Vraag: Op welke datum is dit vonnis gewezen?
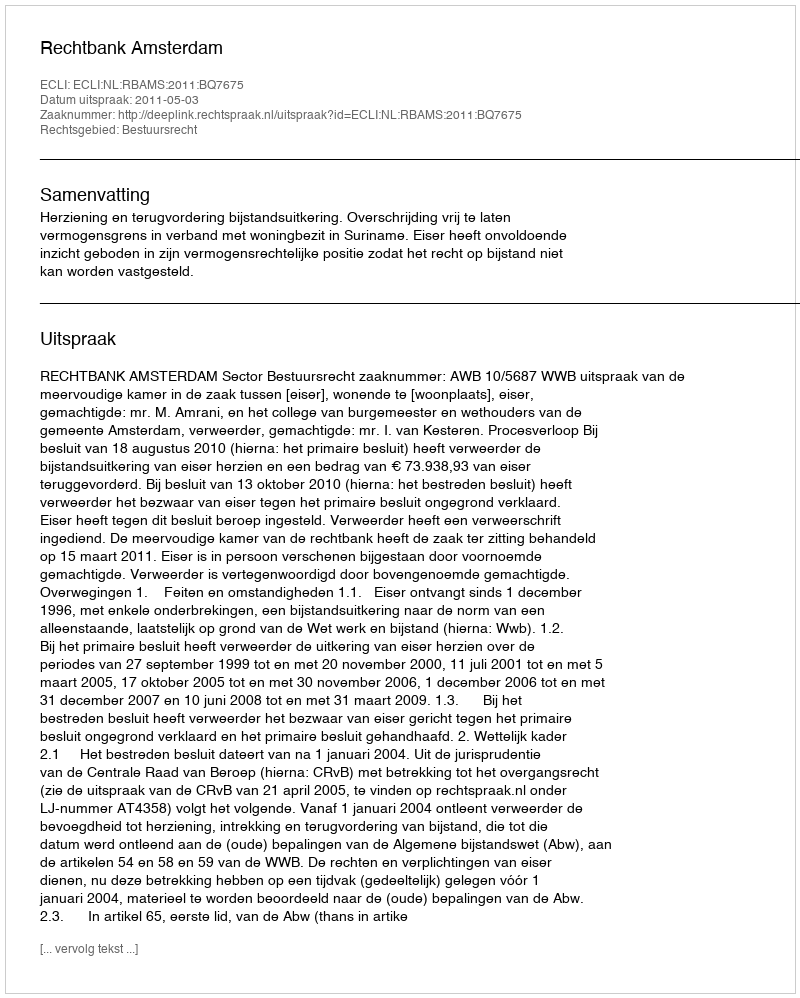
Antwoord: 2011-05-03